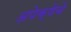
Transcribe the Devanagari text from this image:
अपेक्षेचे